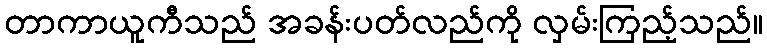
တာကာယူကီသည် အခန်းပတ်လည်ကို လှမ်းကြည့်သည်။